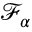
\mathcal { F } _ { \alpha }